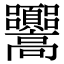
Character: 𩫳